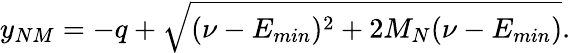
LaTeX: y_{NM}=-q+\sqrt{(\nu-E_{min})^{2}+2M_{N}(\nu-E_{min})}.